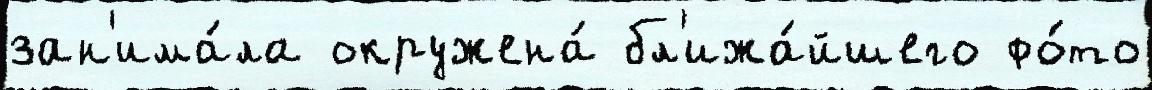
зан'има́ла окружена́ бл'ижа́йшего фо́то